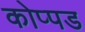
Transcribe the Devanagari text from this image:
कोप्पड